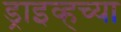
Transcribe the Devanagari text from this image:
ड्राइव्हच्या